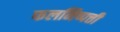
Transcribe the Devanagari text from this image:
फलनिष्पत्ती